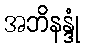
အဘိနန္ဒုံ